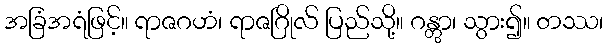
အခြံအရံဖြင့်။ ရာဇဂဟံ၊ ရာဇဂြိုလ် ပြည်သို့။ ဂန္တွာ၊ သွား၍။ တဿ၊